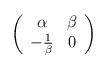
LaTeX: \begin{align*}\left( \begin{array}{cc}\alpha & \beta \\-\frac{1}{\beta } & 0\end{array}\right)\end{align*}